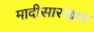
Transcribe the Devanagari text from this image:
मादीसारखाच